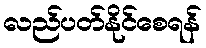
လည်ပတ်နိုင်စေရန်